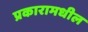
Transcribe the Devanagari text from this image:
प्रकारामधील